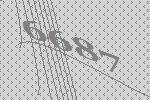
6687